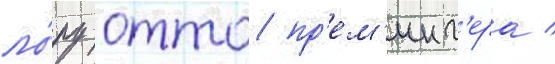
ло́ру отто пр'ем'инг'ера /